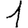
Digit: 1